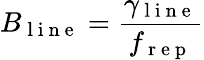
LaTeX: B_{\mathrm{~l~i~n~e~}}=\frac{\gamma_{\mathrm{~l~i~n~e~}}}{f_{\mathrm{~r~e~p~}}}